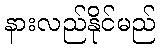
နားလည်နိုင်မည်